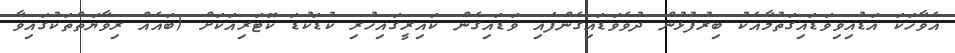
އެވާހަކަ އަޑުއިވިވަޑައިގަތުމާއެކު ބިރުފުޅުން ދުވެވަޑައިގެންފައި ވަޑައިގެން ކައިރީގައިހުރި ކުޑަކުޑަ ކޮޓަރިއަކަށް (ބައެއް ރިވާޔަތްތަކުގައިވާ